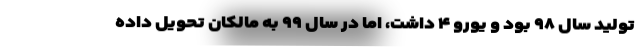
تولید سال ۹۸ بود و یورو ۴ داشت، اما در سال ۹۹ به مالکان تحویل داده